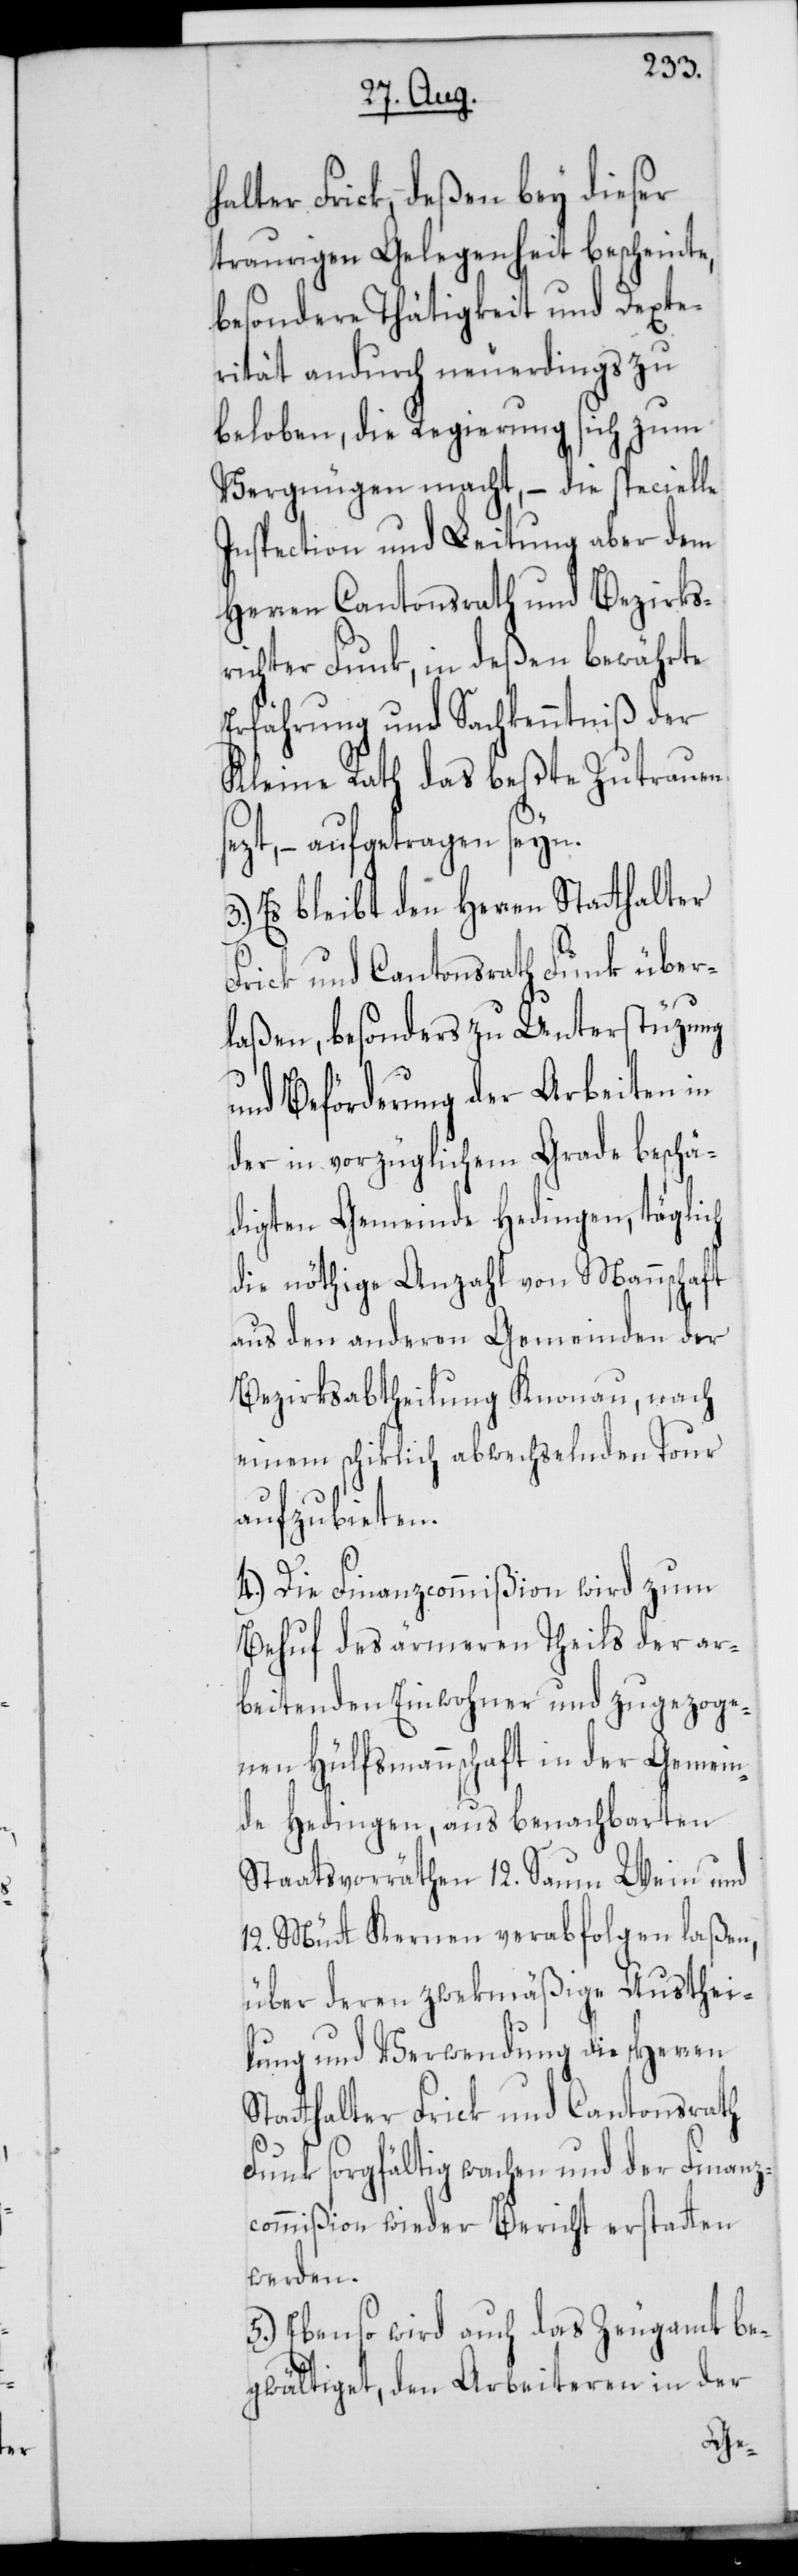
halter Frick, deßen bey dieser
traurigen Gelegenheit bescheinte,
besondere Thätigkeit und Dexte¬
rität andurch neuerdings zu
beloben, die Regierung sich zum
Vergnügen macht, – die specielle
Inspection und Leitung aber dem
Herren Cantonsrath und Bezirks¬
richter Funk, in deßen bewährte
Erfahrung und Sachkenntniß der
Kleine Rath das beste Zutrauen
sezt, – aufgetragen seyn.
3.) Es bleibt dem Herren Statthalter
Frick und Cantonsrath Funk über¬
laßen, besonders zu Unterstüzung
und Beförderung der Arbeiten in
der in vorzüglichem Grade beschä¬
digten Gemeinde Hedingen, täglich
die nöthige Anzahl von Mannschaft
aus den anderen Gemeinden der
Bezirksabtheilung Knonau, nach
einem schiklich abwechselnden Tour
aufzubieten.
4.) Die Finanzcommißion wird zum
Behuf des ärmeren Theils der ar¬
beitenden Einwohner und zugezoge¬
nen Hülfsmannschaft in der Gemein¬
de Hedingen, aus benachbarten
Staatsvorräthen 12. Saum Wein und
12. Mütt Kernen verabfolgen laßen,
über deren zwekmäßige Austhei¬
lung und Verwendung die Herren
Statthalter Frick und Cantonsrath
Funk sorgfältig wachen und der Finanz¬
commißion wieder Bericht erstatten
werden.
5.) Ebenso wird auch das Zeugamt be¬
gwältiget, den Arbeiteren in der